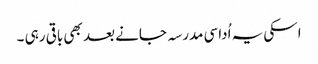
اسکی یہ اُداسی مدرسہ جانے بعد بھی باقی رہی ۔